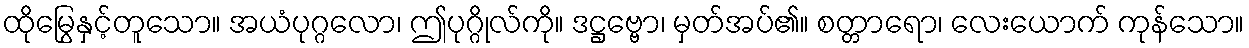
ထိုမြွေနှင့်တူသော။ အယံပုဂ္ဂလော၊ ဤပုဂ္ဂိုလ်ကို။ ဒဋ္ဌဗ္ဗော၊ မှတ်အပ်၏။ စတ္တာရော၊ လေးယောက် ကုန်သော။